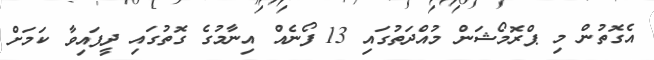
އެގޮތުން މި ޕްރޮމޯޝަން މުއްދަތުގައި 13 ފޯނެއް އިނާމުގެ ގޮތުގައި ދީފައިވާ ކަމަށް